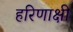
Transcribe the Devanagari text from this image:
हरिणाक्षी